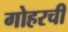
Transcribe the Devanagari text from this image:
गोहरची